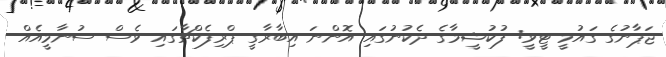
ޖަޕާނުގެ ގައުމީ ޓީވީ: ފުކުޝީމާގެ ދެކުނުގައި އޮންނަ އިބާރާގީ ޕްރިފެކްޗާގައި ވެސް ސުނާމީއެއް